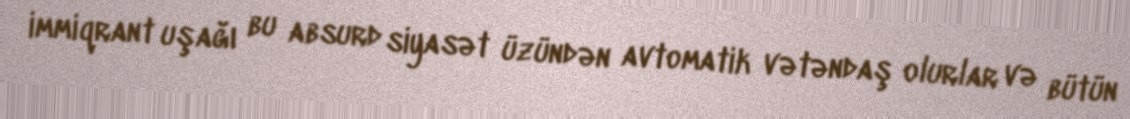
immiqrant uşağı bu absurd siyasət üzündən avtomatik vətəndaş olurlar və bütün